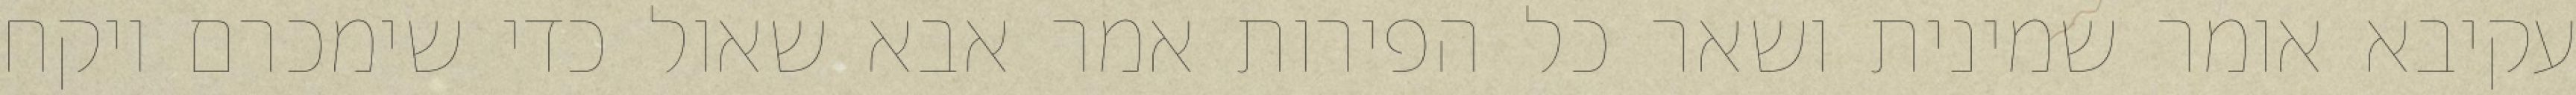
עקיבא אומר שמינית ושאר כל הפירות אמר אבא שאול כדי שימכרם ויקח